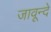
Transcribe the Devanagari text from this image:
जावून्दे